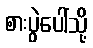
စားပွဲပေါ်သို့